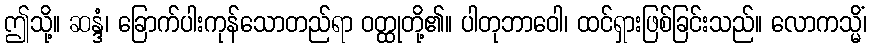
ဤသို့။ ဆန္ဒံ၊ ခြောက်ပါးကုန်သောတည်ရာ ဝတ္ထုတို့၏။ ပါတုဘာဝေါ၊ ထင်ရှားဖြစ်ခြင်းသည်။ လောကသ္မိံ၊